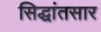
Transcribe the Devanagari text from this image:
सिद्धांतसार